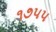
૧૭૫૫